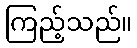
ကြည့်သည်။